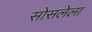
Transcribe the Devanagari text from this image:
सोसलेला